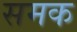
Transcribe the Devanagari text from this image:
समक